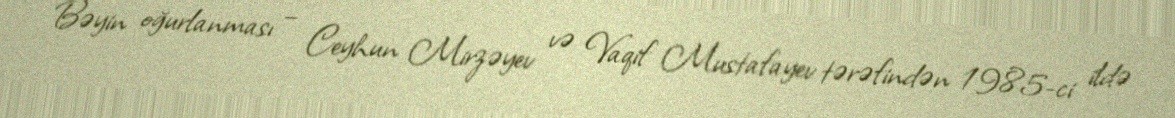
Bəyin oğurlanması – Ceyhun Mirzəyev və Vaqif Mustafayev tərəfindən 1985-ci ildə